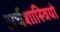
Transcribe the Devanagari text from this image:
अर्थशास्त्रियो